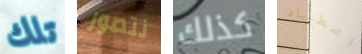
تلك نتصور كذلك اصطياد